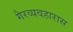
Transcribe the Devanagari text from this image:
गैरव्यवहारास